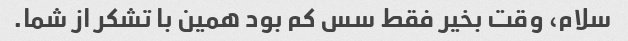
سلام، وقت بخیر فقط سس کم بود همین با تشکر از شما.